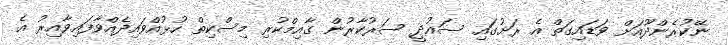
ނޭކުރެންދޫއަށް ވަޑައިގަތް އެ ރަށުގައި ސައުދީ ސަރުކާރުން ގާއިމްކުރި މިސްކިތް ހުޅުއްވައިދެއްވާފައިވާއިރު އެ